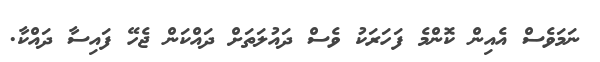
ނަމަވެސް އެއިން ކޮންމެ ފަހަރަކު ވެސް ދައުލަތަށް ދައްކަން ޖެހޭ ފައިސާ ދައްކާ.